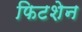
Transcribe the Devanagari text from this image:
फिटशेन